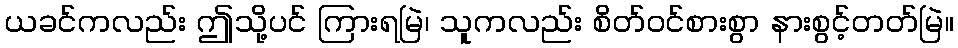
ယခင်ကလည်း ဤသို့ပင် ကြားရမြဲ၊ သူကလည်း စိတ်ဝင်စားစွာ နားစွင့်တတ်မြဲ။